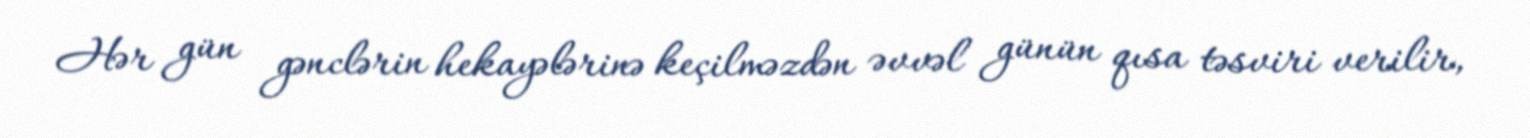
Hər gün gənclərin hekayələrinə keçilməzdən əvvəl günün qısa təsviri verilir,